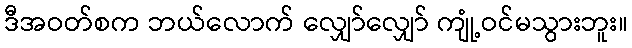
ဒီအဝတ်စက ဘယ်လောက် လျှော်လျှော် ကျုံ့ဝင်မသွားဘူး။